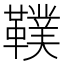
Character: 䪁